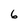
Character: 6